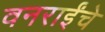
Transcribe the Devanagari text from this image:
वनराईंचे